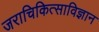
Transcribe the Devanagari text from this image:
जराचिकित्साविज्ञान